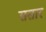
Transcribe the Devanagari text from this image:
ससार